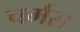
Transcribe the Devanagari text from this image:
चर्मस